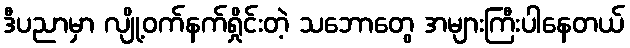
ဒီပညာမှာ လျို့ဝက်နက်ရှိုင်းတဲ့ သဘောတွေ အများကြီးပါနေတယ်